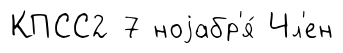
КПСС2 7 ноjабр'я́ Чл'ен